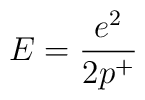
E = \frac{e^2}{ 2p^+}